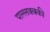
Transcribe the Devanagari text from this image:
पल्लक्क्की